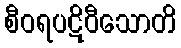
စီဝရပဋိဝီသောတိ